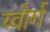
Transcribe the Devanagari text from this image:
य्वोर्ग